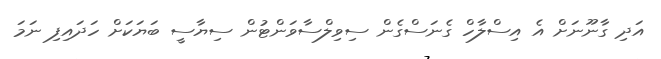
އަދި ގާނޫނަށް އެ އިސްލާހް ގެނަސްގެން ސިވިލްސާވަންޓުން ސިޔާސީ ބަޔަކަށް ހަދައިފި ނަމަ